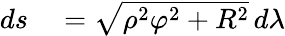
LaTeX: \begin{array}{rl}{ds}&{{}={\sqrt{\rho^{2}\varphi^{2}+R^{2}}}\, d\lambda}\end{array}